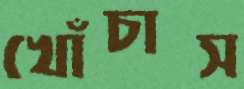
খোঁচাস